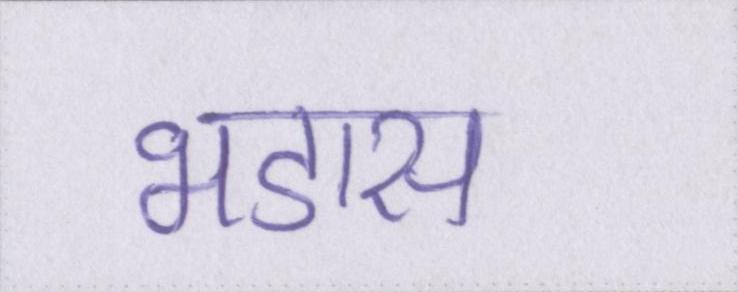
भडास